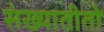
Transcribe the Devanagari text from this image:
संख्यातीतो